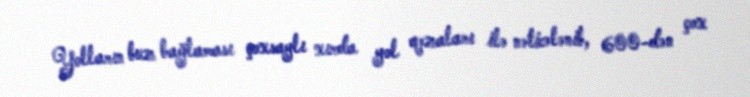
Yolların buz bağlaması çoxsaylı xırda yol qəzaları ilə nəticələnib, 600-dən çox